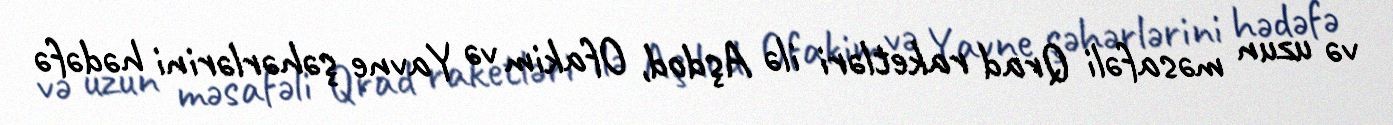
və uzun məsafəli Qrad raketləri ilə Aşdod, Ofakim və Yavne şəhərlərini hədəfə